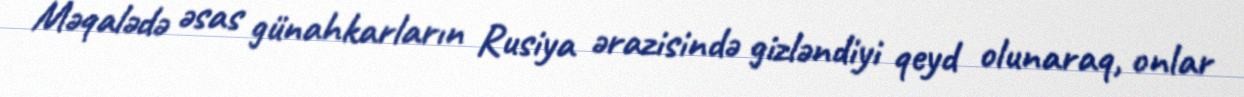
Məqalədə əsas günahkarların Rusiya ərazisində gizləndiyi qeyd olunaraq, onlar